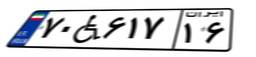
۷۰W۶۱۷۱۶